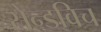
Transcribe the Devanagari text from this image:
सेन्डविच